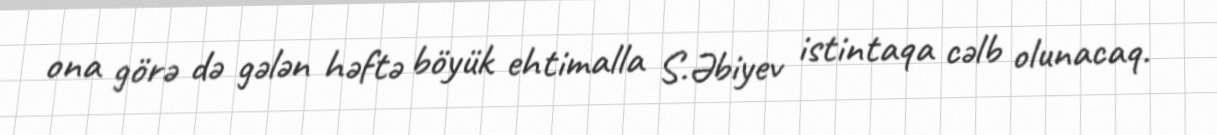
ona görə də gələn həftə böyük ehtimalla S.Əbiyev istintaqa cəlb olunacaq.